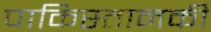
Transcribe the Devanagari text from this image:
पाकिस्तानकी